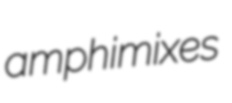
amphimixes